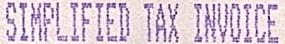
SIMPLIFIED TAX INVOICE